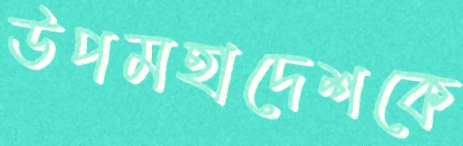
উপমহাদেশকে